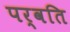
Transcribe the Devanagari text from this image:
पर्वति